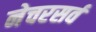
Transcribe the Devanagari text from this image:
नेचरसर्व